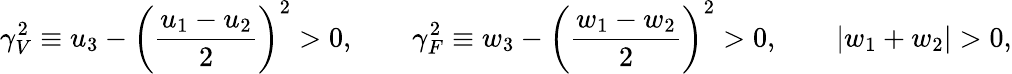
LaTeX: \gamma_{V}^{2}\equiv u_{3}-\left(\frac{u_{1}-u_{2}}{2}\right)^{2}>0,\qquad\gamma_{F}^{2}\equiv w_{3}-\left(\frac{w_{1}-w_{2}}{2}\right)^{2}>0,\qquad\left|w_{1}+w_{2}\right|>0,